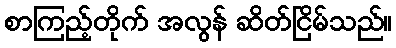
စာကြည့်တိုက် အလွန် ဆိတ်ငြိမ်သည်။